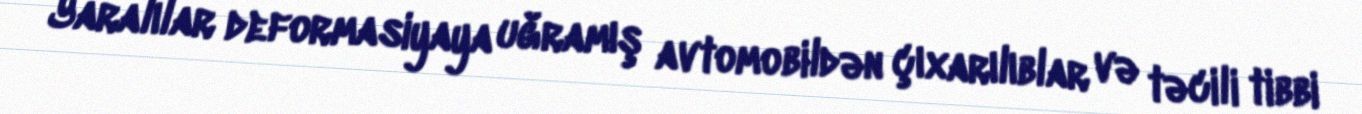
Yaralılar deformasiyaya uğramış avtomobildən çıxarılıblar və təcili tibbi